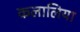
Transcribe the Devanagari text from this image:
कलालिया